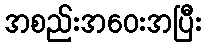
အစည်းအဝေးအပြီး